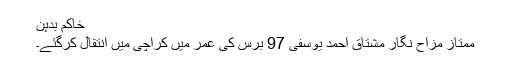
خاکم بدہن
ممتاز مزاح نگار مشتاق احمد یوسفی 97 برس کی عمر میں کراچی میں انتقال کرگئے۔